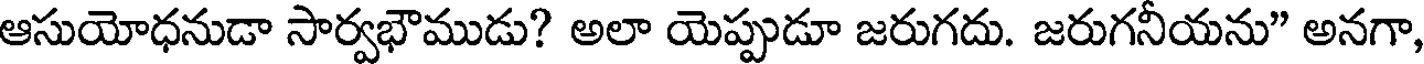
ఆసుయోధనుడా సార్వభౌముడు? అలా యెప్పుడూ జరుగదు. జరుగనీయను" అనగా,